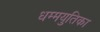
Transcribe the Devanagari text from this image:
धम्मयुतिका